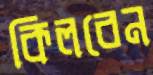
কিলবেন